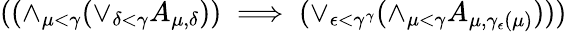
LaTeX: ((\land_{\mu<\gamma}{(\lor_{\delta<\gamma}{A_{\mu,\delta}})})\implies(\lor_{\epsilon<\gamma^{\gamma}}{(\land_{\mu<\gamma}{A_{\mu,\gamma_{\epsilon}(\mu)})}}))